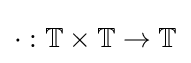
\cdot :\mathbb {T} \times \mathbb {T} \to \mathbb {T}